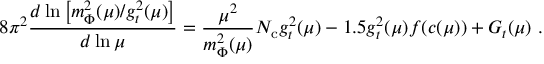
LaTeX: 8 \pi ^ { 2 } \frac { d \ln \left[ m _ { \Phi } ^ { 2 } ( \mu ) / g _ { t } ^ { 2 } ( \mu ) \right] } { d \ln \mu } = \frac { \mu ^ { 2 } } { m _ { \Phi } ^ { 2 } ( \mu ) } N _ { \mathrm { c } } g _ { t } ^ { 2 } ( \mu ) - 1 . 5 g _ { t } ^ { 2 } ( \mu ) f ( c ( \mu ) ) + G _ { t } ( \mu ) \ .